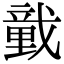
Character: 𢨒